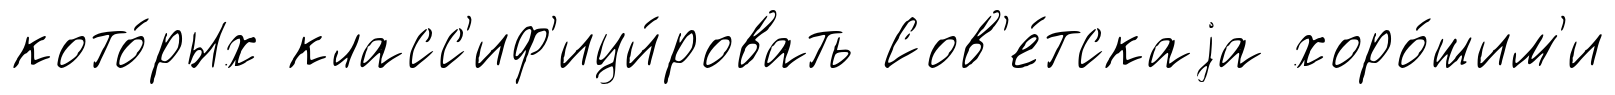
кото́рых класс'иф'ици́ровать Сов'е́тскаjа хоро́шим'и